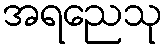
အရညေသု